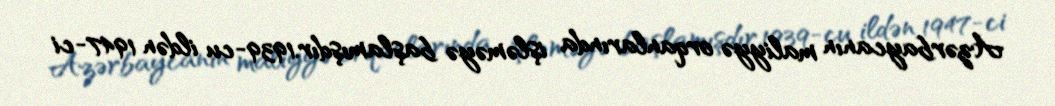
Azərbaycanın maliyyə orqanlarında işləməyə başlamışdır.1939-cu ildən 1947-ci